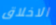
الاخلاق